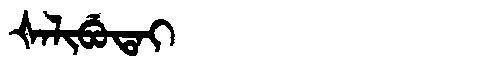
Manchu: ᡧᠠᠯᡳᠪᡠᡨᠠᡳ
Romanization: ŠALIBUTAI